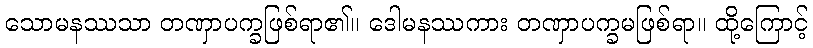
သောမနဿသာ တဏှာပက္ခဖြစ်ရာ၏။ ဒေါမနဿကား တဏှာပက္ခမဖြစ်ရာ။ ထို့ကြောင့်